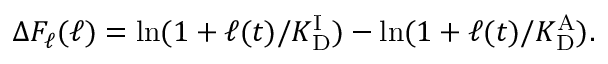
\Delta F _ { \ell } ( \ell ) = \ln ( 1 + \ell ( t ) / { K _ { \mathrm { D } } ^ { \mathrm { I } } } ) - \ln ( 1 + \ell ( t ) / { K _ { \mathrm { D } } ^ { \mathrm { A } } } ) .